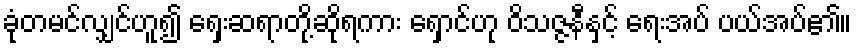
ခုံတမင်လျှင်ဟူ၍ ရှေးဆရာတို့ဆိုရကား ရှောင်ဟု ဝိသဇ္ဇနီနှင့် ရေးအပ် ပယ်အပ်၏။